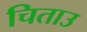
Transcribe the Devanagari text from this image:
चिताउ